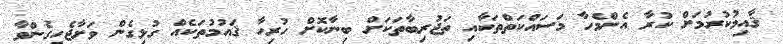
ޤާއިމުކުރުމަށް ކުރާ އެންމެހާ މަސައްކަތްތަކާއި ތަޖުރިބާތަކަށް ބިނާކޮށް ހުރިހާ ޤައުމުތަކެއް ގުޅިގެން ވަށާޖެހިގެންވާ